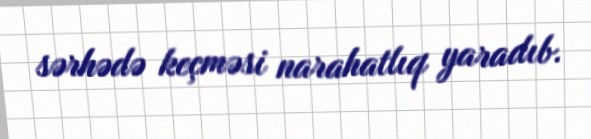
sərhədə keçməsi narahatlıq yaradıb.